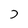
Character: j